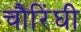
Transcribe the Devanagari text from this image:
चौरिंघी